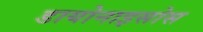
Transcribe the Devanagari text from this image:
डायोनाइसोस